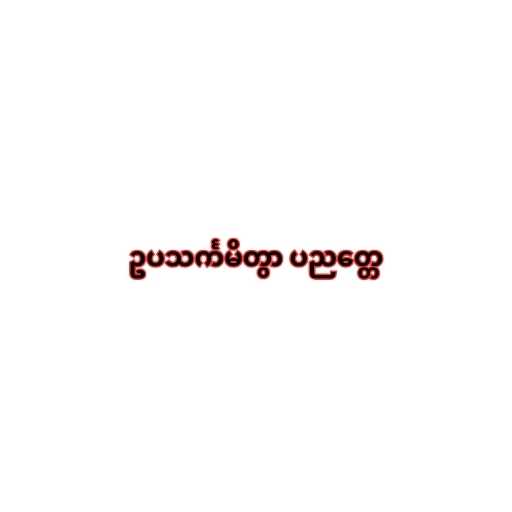
ဥပသင်္ကမိတွာ ပညတ္တေ